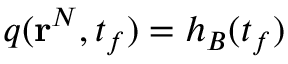
q ( \mathbf { r } ^ { N } , t _ { f } ) = h _ { B } ( t _ { f } )